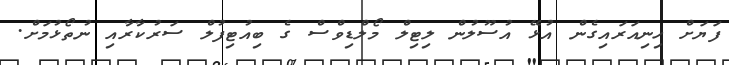
ފަޔަށް ހިނިއަރައިގެން އުޅޭ އުސޫލުން ލިޓިލް މޯލްޑިވްސް ގެ ބިއުޓިފުލް ސަރުކާރާއި ނުތޯޅުމަށް.